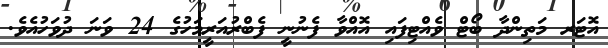
އޮޓަރ މަތިންދާ ބޯޓް ވެއްޓިފައި އޮއްވާ ފެނުނީ ފެބްރުއަރީމަހުގެ 24 ވަނަ ދުވަހުއެވެ.